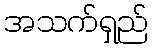
အသက်ရှည်